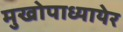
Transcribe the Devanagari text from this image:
मुखोपाध्यायेर